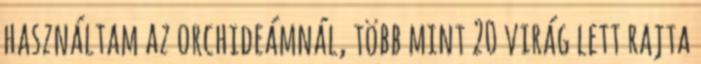
használtam az orchideámnál, több mint 20 virág lett rajta